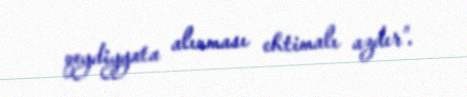
qeydiyyata alınması ehtimalı azdır”.